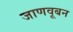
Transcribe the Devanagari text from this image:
जाणवूबन